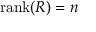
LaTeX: \operatorname { r a n k } ( R ) = n